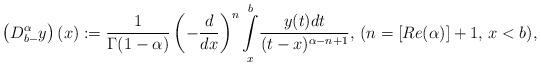
LaTeX: \begin{align*}\left(D_{b-}^\alpha y\right)(x):=\frac{1}{\Gamma(1-\alpha)}\left(-\frac{d}{dx}\right)^n\underset{x}{\overset{b}{\int}}\frac{y(t)dt}{(t-x)^{\alpha-n+1}},\,(n=\left[Re(\alpha)\right]+1,\,x<b),\end{align*}